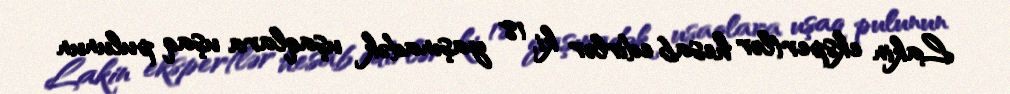
Lakin ekspertlər hesab edirlər ki, 18 yaşınadək uşaqlara uşaq pulunun